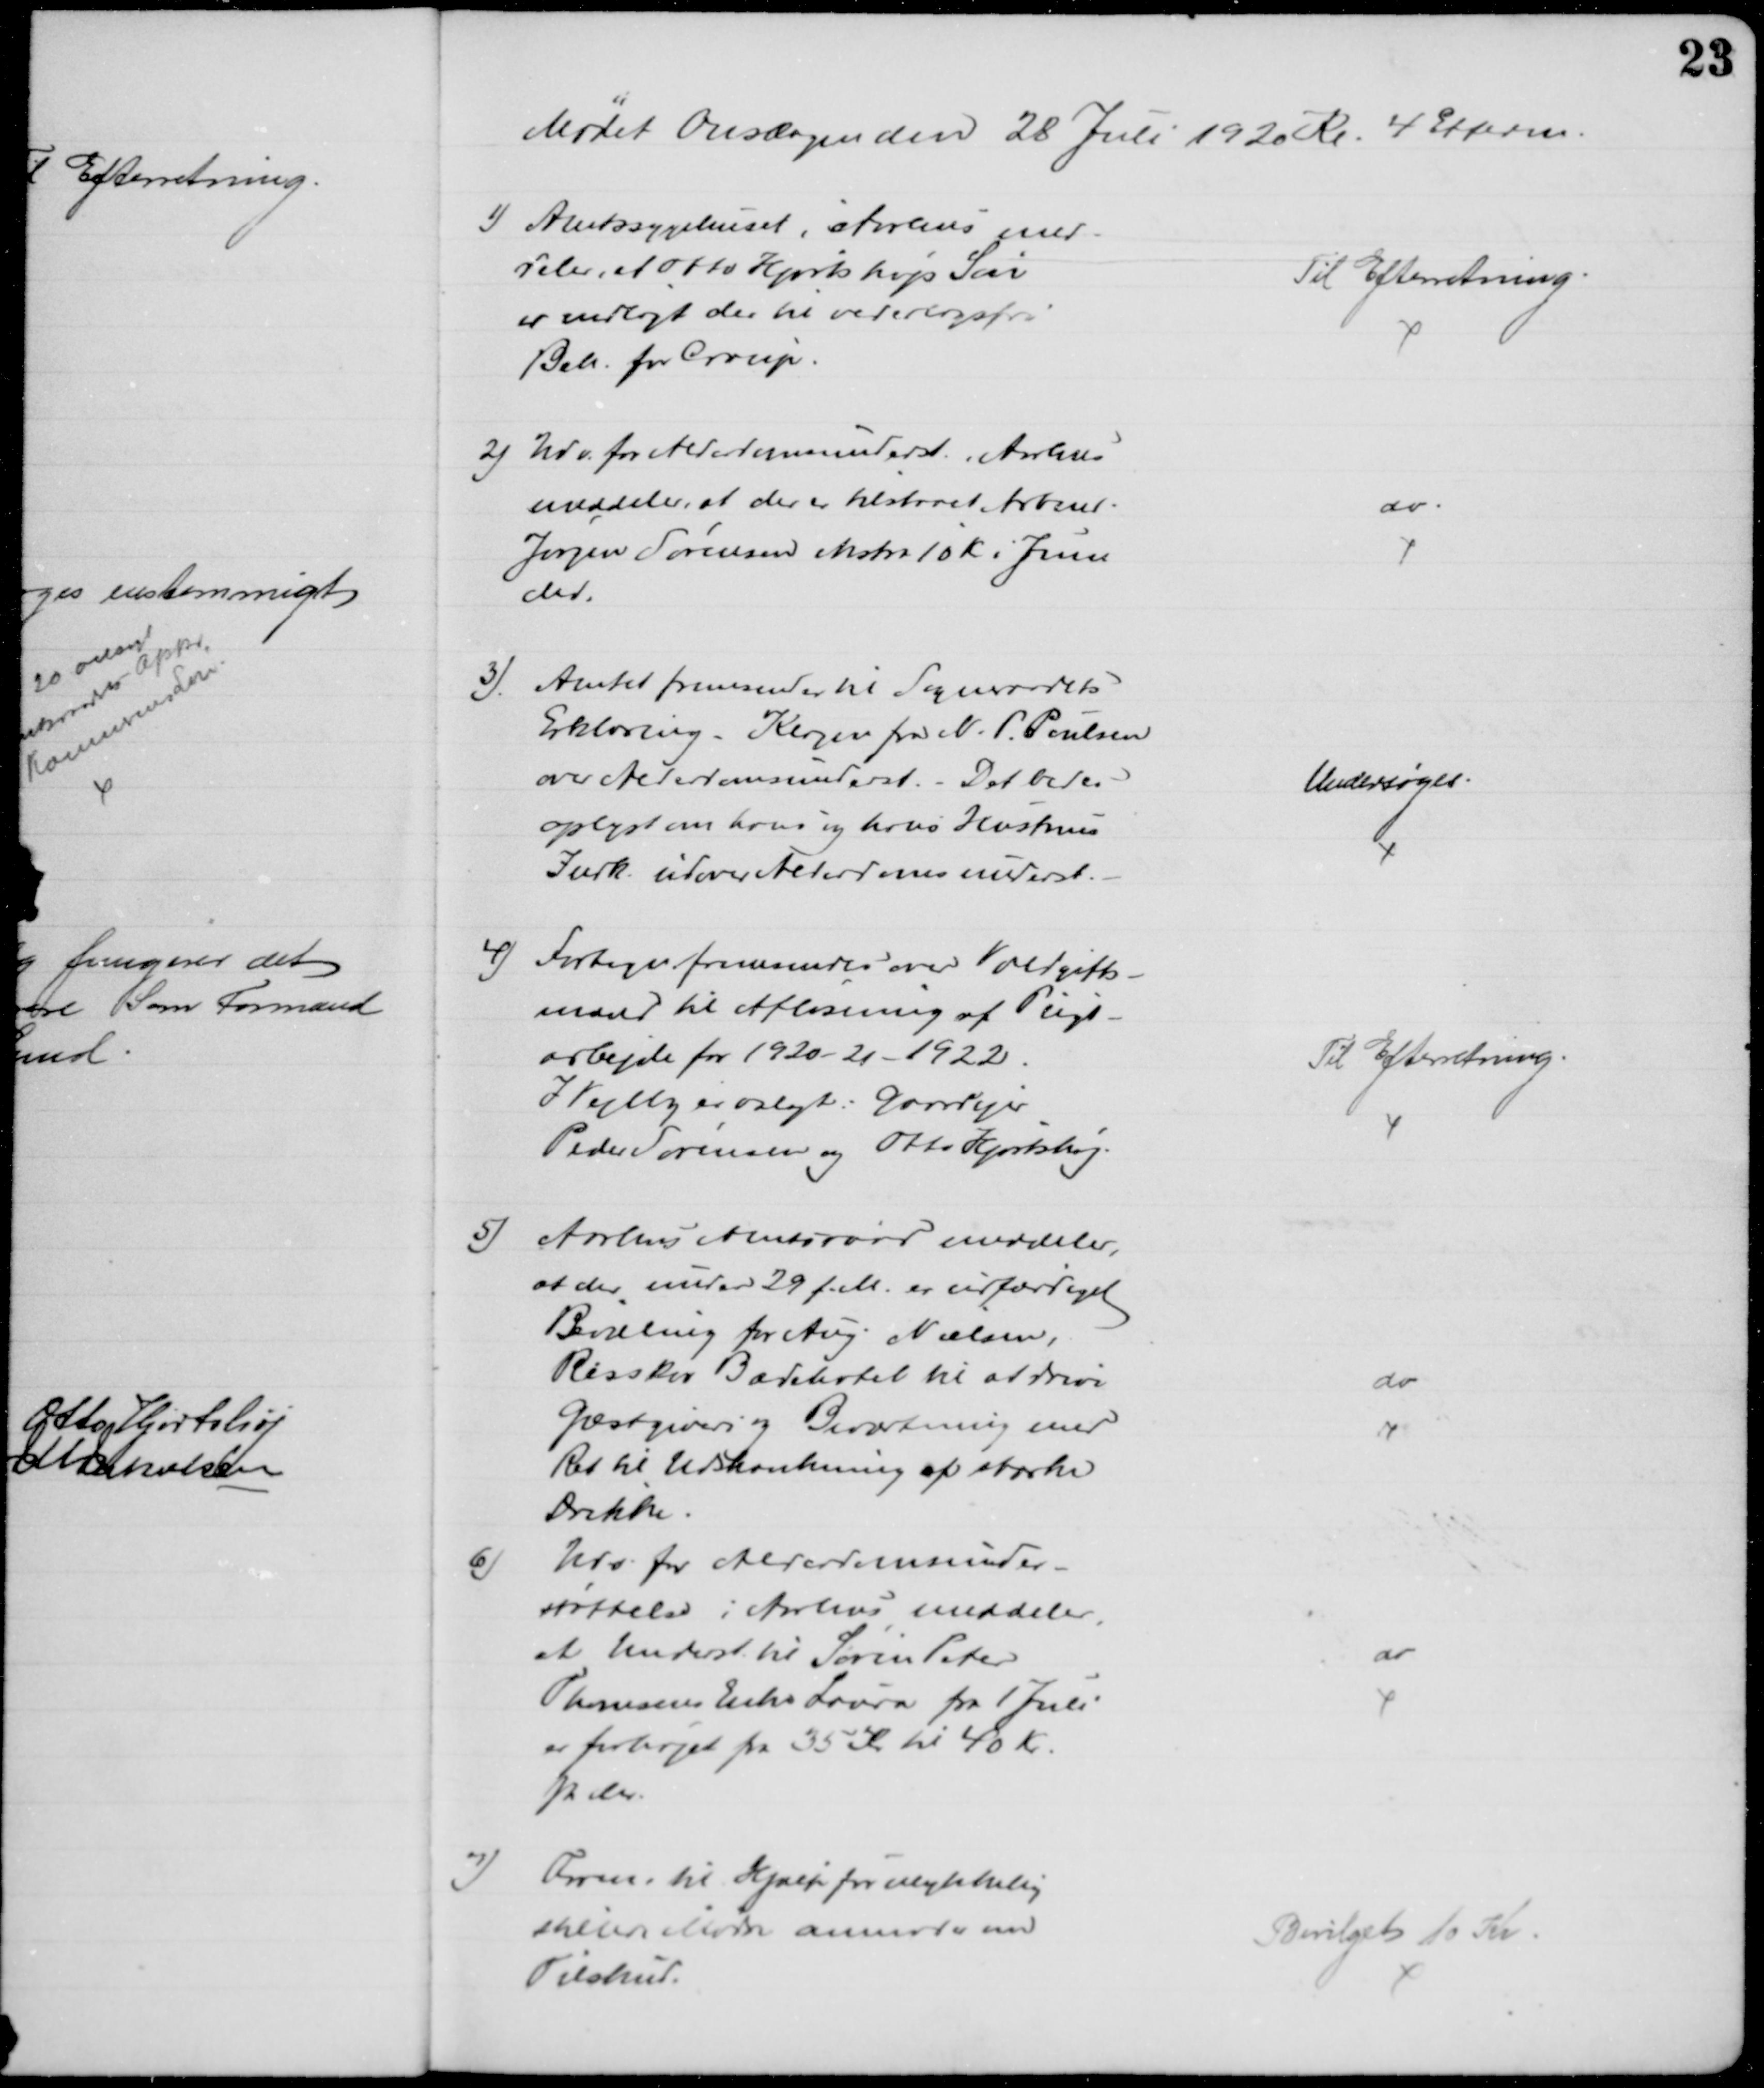
Transskription:
Mødet Onsdagen den 28 Juli 1920 Kl. 4 Efterm.
1) Amtssygehuset i Aarhus med-
deler, at Otto Hjortshøjs Søn
er indlagt der til vederlagsfri
Beh. for Croup.
Til Efterretning
2) Udv. for Alderdomsunderst. i Aarhus
meddeler, at der er tilstaaet Arbmd.
Jørgen Sørensen ekstra 10 K i Juni
Md.
do
3) Amtet fremsender til Sogneraadets
Erklæring - Klager fra N. P. Poulsen
over Alderdomsunderst. Det bedes
oplyst om hans og hans Hustrues 
Indk. udover Alderdomsunderst.
Undersøges.
4) Fortegn. fremsendes over Voldgifts-
mænd til Afløsning af Pligt-
arbejde for 1920- 21 - 1922.
I Vejlby er valgt: Gaardejer
Peder Sørensen og Otto Hjortshøj.
Til Efterretning.
5)
Aarhus Amtsraad meddeler,
at der under 29 f. M. er udfærdiget
Bevilling for Aug. Nielsen,
Risskov Badehotel til at drive
Gæstgiveri og Beværtning med
Ret til Udskænkning af stærke
Drikke.
do
6)
Udv. for Alderdomsunder-
støttelse i Aarhus meddeler,
at Underst til Søren Peter
Thomsens Enke Laura fra 1 Juli
er forhøjet fra 35 Kr til 40 Kr.
pr Mr.
do
7)
Foren. til Hjælp for ulykkelig
stillede Mødre anmoder om
Tilskud.
Bevilget 10 Kr